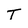
Character: t